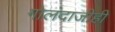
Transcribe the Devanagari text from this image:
गोलंदाजीही